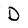
Character: D